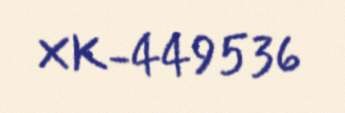
XK-449536